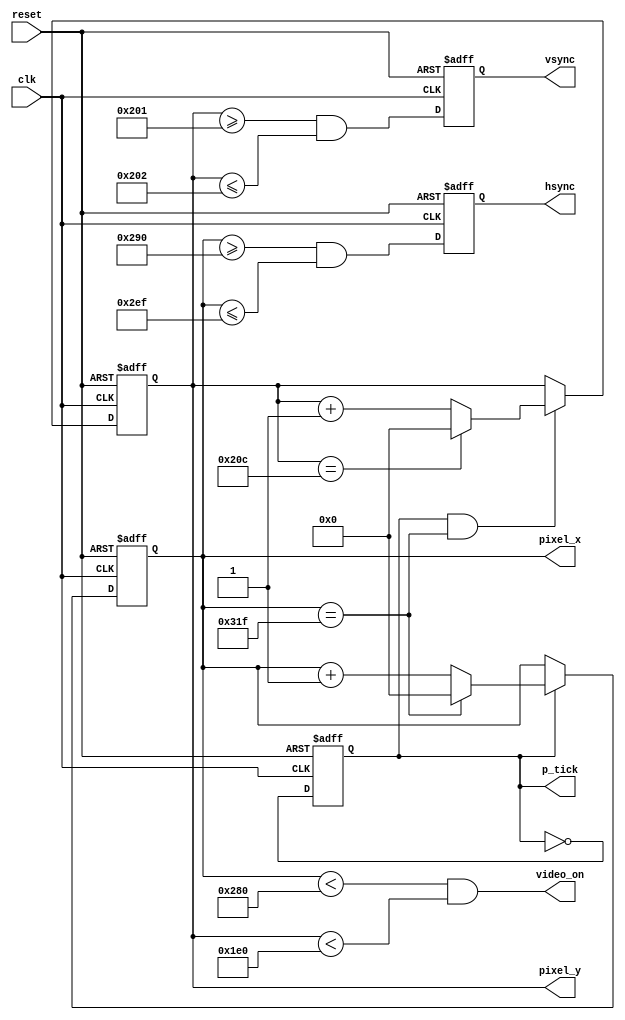
//Listing 13.1
//Chapter 13
//Page 316
//Copyright 2008


module vga_sync
    (
     input wire clk, reset,
     output wire hsync, vsync, video_on, p_tick,
     output wire [9:0] pixel_x, pixel_y
    );
    
    // constant declaration
    // VGA 640-by-480 sync parameters

    localparam  HD = 640;       // horizontal display pixels
    localparam  HF = 48;        // horizontal front (left) border
    localparam  HB = 16;        // horizontal back (right) border
    localparam  HR = 96;        // horizontal retrace
    localparam  VD = 480;       // vertical display pixels
    localparam  VF = 10;        // vertical front (top) border
    localparam  VB = 33;        // vertical back (bottom) border
    localparam  VR = 2;         // vertrical retrace
    
    // mod-2 counter
    reg mod2_reg;
    wire mod2_next;
    
    // sync counters
    reg [9:0] h_count_reg, h_count_next;
    reg [9:0] v_count_reg, v_count_next;
    
    // output buffer
    reg v_sync_reg, h_sync_reg;
    wire v_sync_next, h_sync_next;
    
    // status signal
    wire h_end, v_end, pixel_tick;
    
    // body
    // registers
    always @(posedge clk, posedge reset)
    begin
        if(reset)
        begin
            mod2_reg    <= 1'b0;
            v_count_reg <= 0;
            h_count_reg <= 0;
            v_sync_reg  <= 1'b0;
            h_sync_reg  <= 1'b0;
        end
        else
        begin
            mod2_reg    <= mod2_next;
            v_count_reg <= v_count_next;
            h_count_reg <= h_count_next;
            v_sync_reg  <= v_sync_next;
            h_sync_reg  <= h_sync_next;
        end
    end
    
    // mod-2 circuit to generate a 25MHz clock, assuming a 50MHz source clock
    assign mod2_next = ~mod2_reg;
    assign pixel_tick = mod2_reg;
    
    // status signals
    // end of horizontal counter (799)
    assign h_end = (h_count_reg == (HD+HF+HB+HR-1));
    
    // end of vertical counter (524)
    assign v_end = (v_count_reg == (VD+VF+VB+VR-1));
    
    // next-state logic of mod-800 horizontal sync counter
    always @*
    begin
        if (pixel_tick)     // 25MHz pulse
            if(h_end)
                h_count_next = 0;
            else
                h_count_next = h_count_reg + 1;
        else
            h_count_next = h_count_reg;
    end
    
    // next-state logic of mod-524 vertical sync counter
    always @*
    begin
        if (pixel_tick & h_end)     //transition only at the end of a line
            if(v_end)
                v_count_next = 0;
            else
                v_count_next = v_count_reg + 1;
        else
            v_count_next = v_count_reg;
    end
    
    // horizontal and vertical sync, buffered to avoid glitches
    // h_sync_next asserted between 656 and 751
    
    assign h_sync_next = (  h_count_reg >= (HD+HB) &&
                            h_count_reg <= (HD+HB+HR-1));
                            
    // v_sync_next asserted between 490 and 491
    assign v_sync_next = (  v_count_reg >= (VD+VB) &&
                            v_count_reg <= (VD+VB+VR-1));
                            
    // video on/off
    assign video_on = (h_count_reg < HD) && (v_count_reg < VD);
    
    // output
    assign hsync = h_sync_reg;
    assign vsync = v_sync_reg;
    assign pixel_x = h_count_reg;
    assign pixel_y = v_count_reg;
    assign p_tick = pixel_tick;
    
endmodule